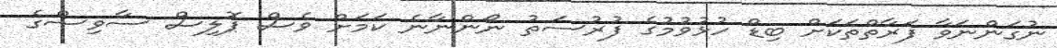
ނުގަންނަވާ ފަރާތްތަކަށް ބިޑް ހުޅުވުމުގެ ފުރުސަތު ނޯންނާނެ ކަމަށް ވެސް ޕޮލިސް ސާވިސްގެ